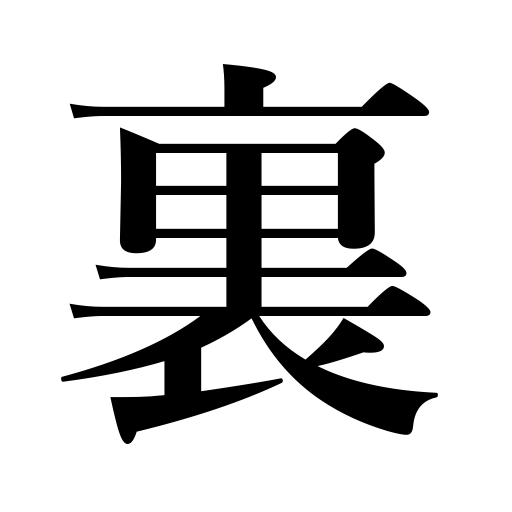
Meanings: sole,inside,rear,back,undersurface,palm,reverse,wrong side,lining,opposite,last half of an inning